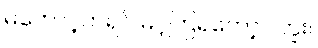
မတောင့်တရင် မင့်ကြရတော့ပါဘူး။